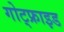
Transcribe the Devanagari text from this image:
गोट्फ्राइड